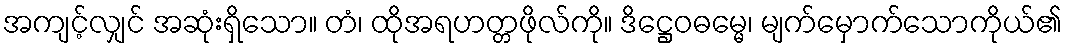
အကျင့်လျှင် အဆုံးရှိသော။ တံ၊ ထိုအရဟတ္တဖိုလ်ကို။ ဒိဋ္ဌေဝဓမ္မေ၊ မျက်မှောက်သောကိုယ်၏